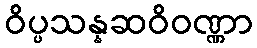
ဝိပ္ပသန္နဆဝိဝဏ္ဏာ